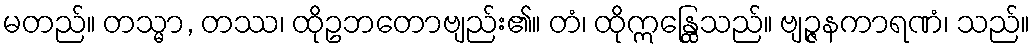
မတည်။ တသ္မာ, တဿ၊ ထိုဥဘတောဗျည်း၏။ တံ၊ ထိုဣန္ထြေသည်။ ဗျဉ္ဇနကာရဏံ၊ သည်။